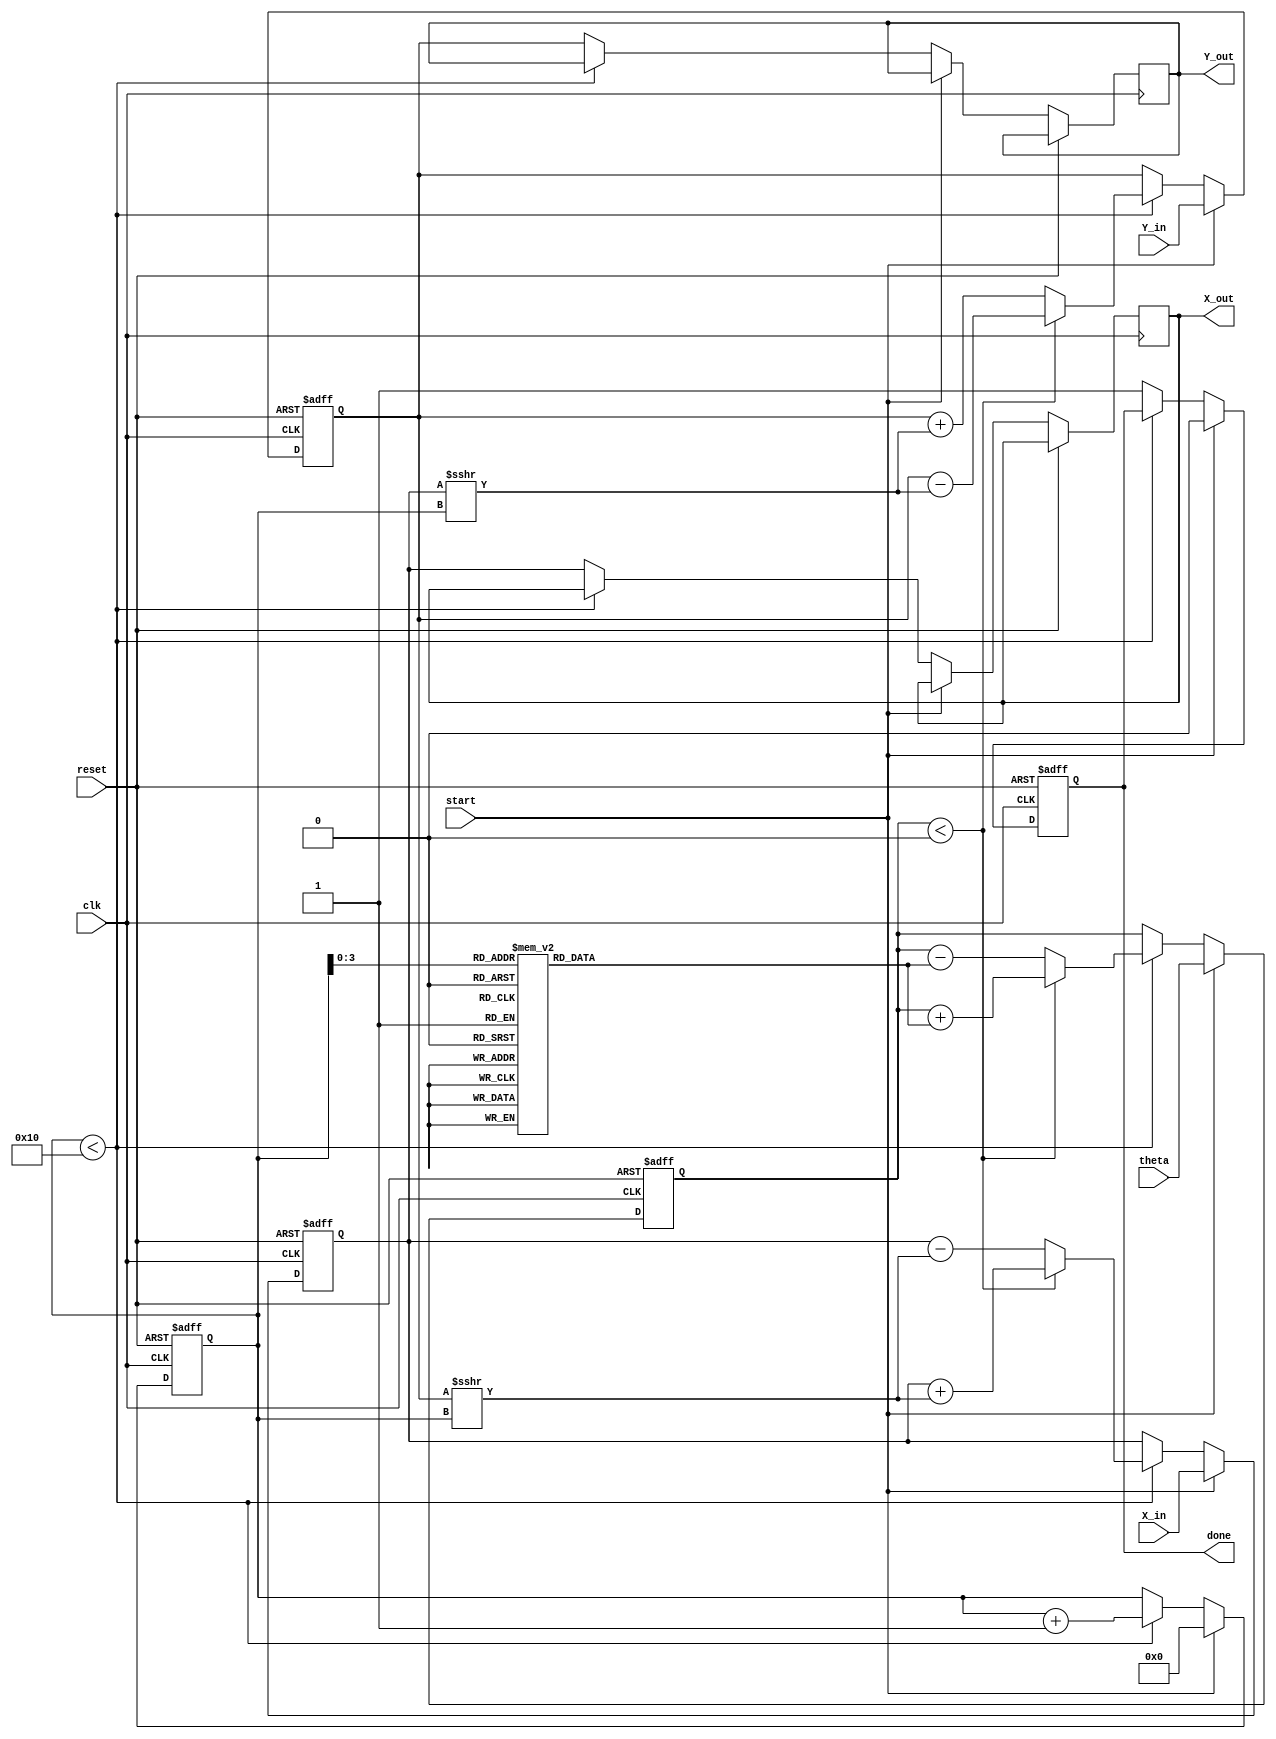
module cordic_rotational #(parameter WIDTH = 16, // Width for fixed-point representation
                            parameter ITERATIONS = 16) // Number of iterations
(
    input wire clk,
    input wire reset,
    input wire start,
    input wire signed [WIDTH-1:0] theta, // Angle input
    input wire signed [WIDTH-1:0] X_in,   // X coordinate input
    input wire signed [WIDTH-1:0] Y_in,   // Y coordinate input
    output reg signed [WIDTH-1:0] X_out,  // X coordinate output
    output reg signed [WIDTH-1:0] Y_out,  // Y coordinate output
    output reg done                     // Done signal
);

// CORDIC angle lookup table (arctan(2^-i) for i = 0 to ITERATIONS-1)
reg signed [WIDTH-1:0] atan_lookup [0:ITERATIONS-1];
initial begin
    atan_lookup[0]  = 16'h0000; // atan(1) = 0
    atan_lookup[1]  = 16'h2000; // atan(0.5) = pi/6
    atan_lookup[2]  = 16'h1000; // atan(0.25) = pi/12
    atan_lookup[3]  = 16'h0800; // atan(0.125) = pi/24
    // ... Fill in for all iterations
end

// Internal registers
reg signed [WIDTH-1:0] X_reg, Y_reg, theta_reg;
reg [4:0] iter; // Current iteration

// Control Logic
always @(posedge clk or posedge reset) begin
    if (reset) begin
        X_reg <= 0;
        Y_reg <= 0;
        theta_reg <= 0;
        iter <= 0;
        done <= 0;
    end else if (start) begin
        X_reg <= X_in;
        Y_reg <= Y_in;
        theta_reg <= theta;
        iter <= 0;
        done <= 0;
    end else if (iter < ITERATIONS) begin
        // CORDIC rotation logic
        if (theta_reg < 0) begin
            // Update for clockwise rotation
            X_reg <= X_reg + (Y_reg >>> iter);
            Y_reg <= Y_reg - (X_reg >>> iter);
            theta_reg <= theta_reg + atan_lookup[iter];
        end else begin
            // Update for counter-clockwise rotation
            X_reg <= X_reg - (Y_reg >>> iter);
            Y_reg <= Y_reg + (X_reg >>> iter);
            theta_reg <= theta_reg - atan_lookup[iter];
        end
        iter <= iter + 1;
    end else begin
        // Final output after iterations complete
        X_out <= X_reg;
        Y_out <= Y_reg;
        done <= 1;
    end
end

endmodule